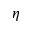
\boldsymbol { \eta }